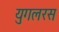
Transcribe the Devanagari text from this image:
युगलरस